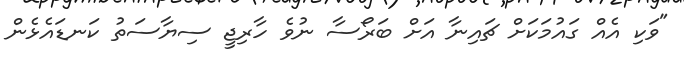
"ވަކި އެއް ގައުމަަކަށް ޗައިނާ އަށް ބަރޯސާ ނުވެ ހާރިޖީ ސިޔާސަތު ކަނޑައެޅެން